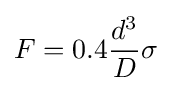
F=0.4{\frac {d^{3}}{D}}\sigma